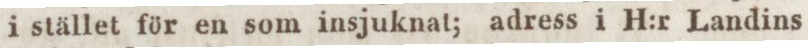
i stället för en som insjuknat; adress i H:r Landins